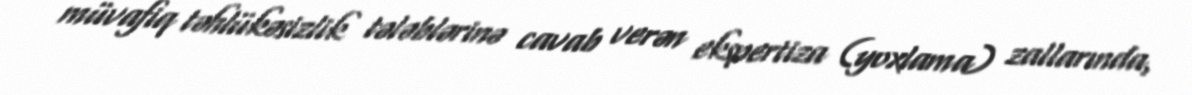
müvafiq təhlükəsizlik tələblərinə cavab verən ekspertiza (yoxlama) zallarında,